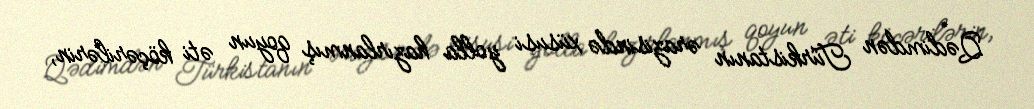
Qədimdən Türkistanın ərazisində xüsusi yolla hazırlanmış qoyun əti köçərilərin,